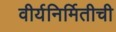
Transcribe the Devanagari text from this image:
वीर्यनिर्मितीची